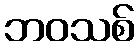
ဘဝသစ်